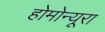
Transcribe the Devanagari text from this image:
होमोन्यूरा